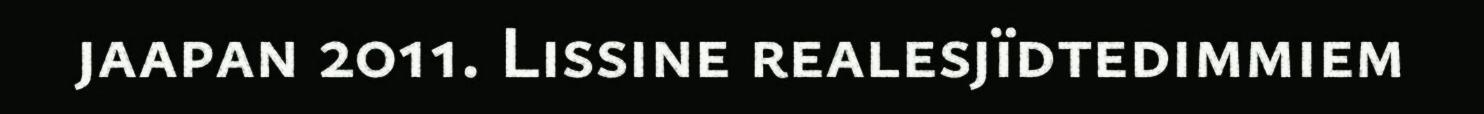
jaapan 2011. Lissine realesjïdtedimmiem